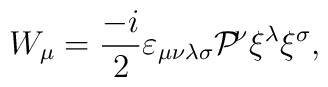
W_\mu=\frac{-i}{2}\varepsilon_{\mu\nu\lambda\sigma}{\cal P}{\!}^\nu\xi^\lambda\xi^\sigma,